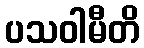
ပသဝါမီတိ